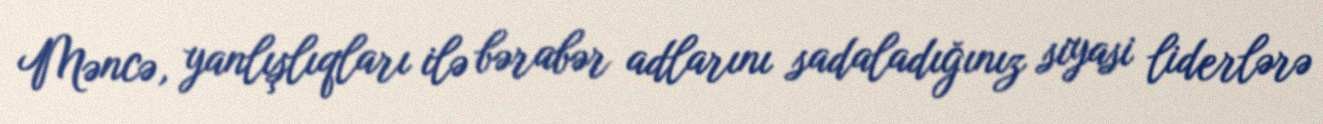
Məncə, yanlışlıqları ilə bərabər adlarını sadaladığınız siyasi liderlərə